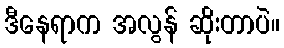
ဒီနေရာက အလွန် ဆိုးတာပဲ။